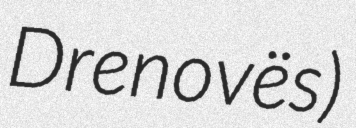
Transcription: Drenovës)